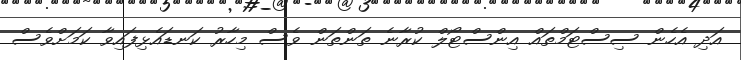
އަދި އެހެން ސިސްޓަމްތައް އިންސްޓޯލް ކުރާނެ ތަންތަން ވެސް މިހާރު ކަނޑައެޅިފައިވާ ކަމަށްވެސް